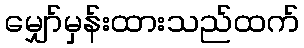
မျှော်မှန်းထားသည်ထက်